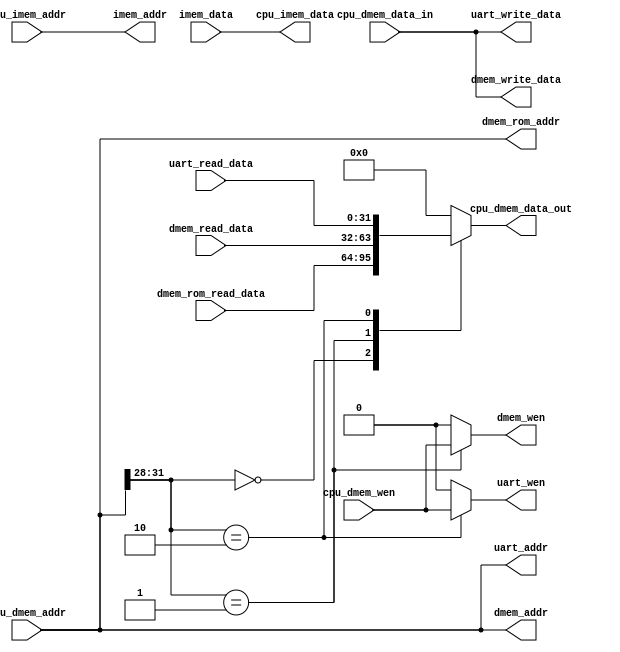
// cpu
//  4 bit  CPU 
// 
// 0x0000_0000 - .+     ROM  (byte to word)
// 0x1000_0000 - .+     RAM  (byte to word)
// 0x2000_0000 - .+     uart (byte to word)
// 0x3000_0000 - .+     other (byte to word)
// 0xc000_0000 - .+     Device io (byte to word)
/*
cpu_dmem_addr[31:28] = 4h0 CPU  ROM ROM 
cpu_dmem_addr[31:28] = 4h1 CPU  RAM CPU  cpu_dmem_wen  RAM  dmem_wen RAM 
cpu_dmem_addr[31:28] = 4h2 CPU  UART CPU  cpu_dmem_wen  uart  uart_wen UART 
 MiniCPU 

*/
module sys_bus (
    input  [31:0] cpu_imem_addr,
    output [31:0] cpu_imem_data,

    output [31:0] imem_addr,  // cpu -> imem
    input  [31:0] imem_data,  // imem -> cpu

    input      [31:0] cpu_dmem_addr,     // device addr
    input      [31:0] cpu_dmem_data_in,  // cpu -> device
    input             cpu_dmem_wen,      // cpu -> device
    output reg [31:0] cpu_dmem_data_out, // device -> cpu

    input      [31:0] dmem_read_data,   // dmem -> cpu
    output     [31:0] dmem_write_data,  // cpu -> dmem
    output     [31:0] dmem_addr,        // cpu -> dmem
    output reg        dmem_wen,         // cpu -> dmem

    input  [31:0] dmem_rom_read_data,
    output [31:0] dmem_rom_addr,

    input      [31:0] uart_read_data,   // uart -> cpu
    output     [31:0] uart_write_data,  // cpu -> uart
    output     [31:0] uart_addr,        // cpu -> uart
    output reg        uart_wen
);

  assign imem_addr = cpu_imem_addr;
  assign cpu_imem_data = imem_data;

  assign dmem_addr = cpu_dmem_addr;
  assign dmem_write_data = cpu_dmem_data_in;

  assign dmem_rom_addr = cpu_dmem_addr;

  assign uart_addr = cpu_dmem_addr;
  assign uart_write_data = cpu_dmem_data_in;

  always @(*) begin
    case (cpu_dmem_addr[31:28])
      4'h0: begin  //ROM
        cpu_dmem_data_out <= dmem_rom_read_data;
        dmem_wen <= 0;
        uart_wen <= 0;
      end
      4'h1: begin  // RAM
        dmem_wen <= cpu_dmem_wen;
        cpu_dmem_data_out <= dmem_read_data;
        uart_wen <= 0;
      end
      4'h2: begin  // uart io
        uart_wen <= cpu_dmem_wen;
        cpu_dmem_data_out <= uart_read_data;
        dmem_wen <= 0;
      end
      default: begin
        dmem_wen <= 0;
        uart_wen <= 0;
        cpu_dmem_data_out <= 0;
      end
    endcase
  end

endmodule